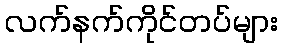
လက်နက်ကိုင်တပ်များ